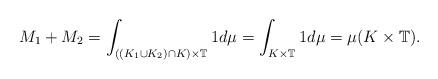
LaTeX: \begin{align*}M_1+M_2= \int_{((K_1\cup K_2)\cap K)\times \mathbb{T}}1d\mu=\int_{K\times \mathbb{T}}1d\mu=\mu(K\times \mathbb{T}).\end{align*}